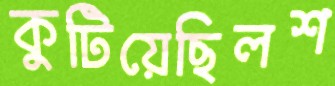
কুটিয়েছিলশ